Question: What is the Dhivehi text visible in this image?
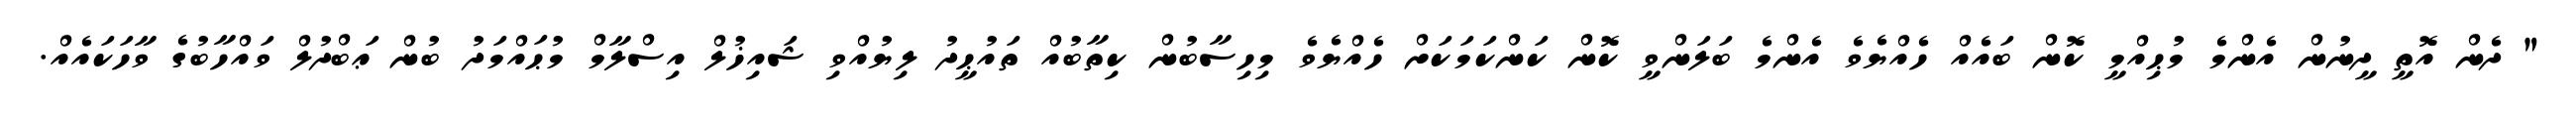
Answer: " ދެން އޮތީ ދީނުން އެންމެ މުޙިއްމީ ކޮން ބައެއް ހެއްޔެވެ އެންމެ ބަލަންވީ ކޮން ކަންކަމަކަށް ހެއްޔެވެ މިހިސާބުން ކިތާބުއް ތައުޙީދު ލިޔުއްވި ޝައިޚުލް އިސްލާމް މުޙައްމަދު ބުން ޢަބްދުލް ވައްހާބުގެ ވާހަކައެއް.